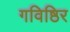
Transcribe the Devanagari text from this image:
गविष्ठिर